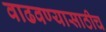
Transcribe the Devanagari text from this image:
वाढवण्यासाठीच